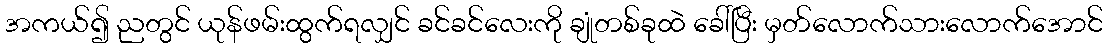
အကယ်၍ ညတွင် ယုန်ဖမ်းထွက်ရလျှင် ခင်ခင်လေးကို ချုံတစ်ခုထဲ ခေါ်ပြီး မှတ်လောက်သားလောက်အောင်